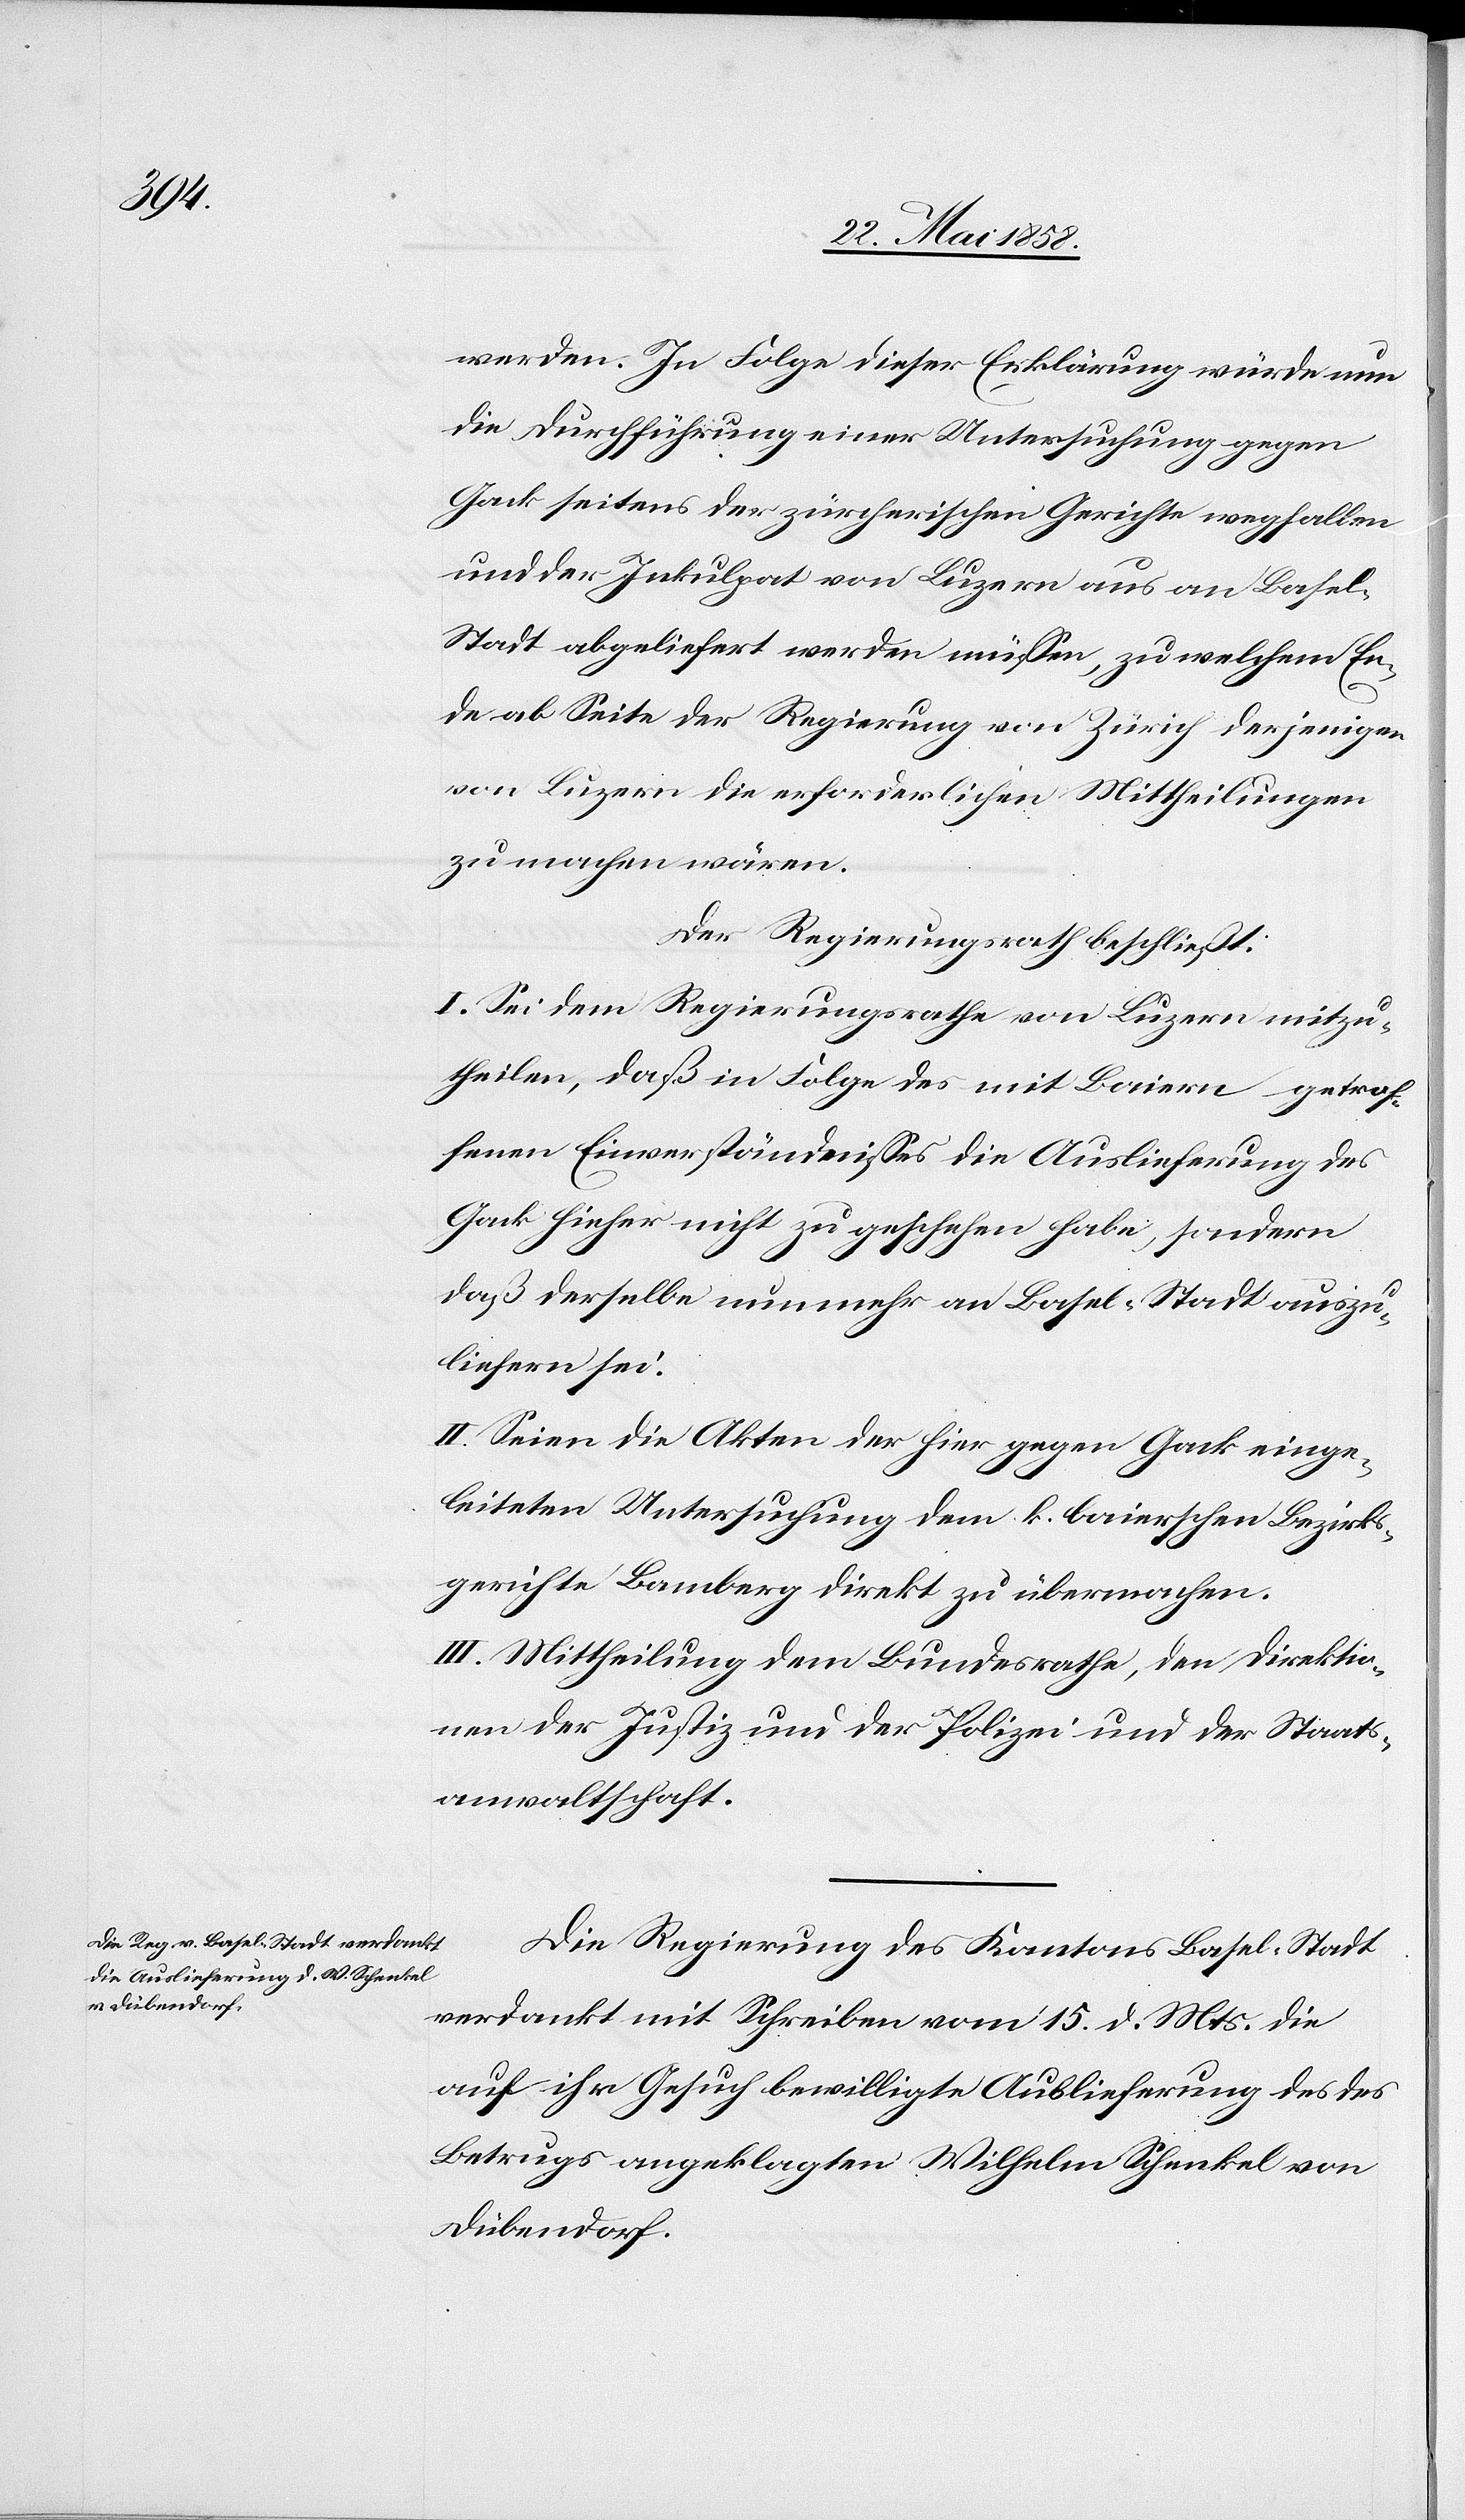
werden. In Folge dieser Erklärung würde nun
die Durchführung einer Untersuchung gegen
Gack seitens der zürcherischen Gerichte wegfallen
und der Inkulpat von Luzern aus an Basel-S¬
tadt abgeliefert werden müssen, zu welchem En¬
de ab Seite der Regierung von Zürich derjenige
von Luzern die erforderlichen Mittheilungen
zu machen wären.
Der Regierungsrath beschließt:
I. Sei dem Regierungsrathe von Luzern mitzu¬
theilen, daß in Folge des mit Baiern getrof¬
fenen Einverständnisses die Auslieferung des
Gack hieher nicht zu geschehen habe, sondern
daß derselbe nunmehr an Basel-Stadt auszu¬
liefern sei.
II. Seien die Akten der hier gegen Gack einge¬
leiteten Untersuchung dem k. baierschen Bezirks¬
gerichte Bamberg direkt zu übermachen.
III. Mittheilung dem Bundesrathe, den Direktio¬
nen der Justiz und der Polizei und der Staats¬
anwaltschaft.
Die Regierung des Kantons Basel-Stadt
verdankt mit Schreiben vom 15. d. Mts. die
auf ihr Gesuch bewilligte Auslieferung des des
Betruges angeklagten Wilhelm Schenkel von
Dübendorf.